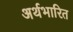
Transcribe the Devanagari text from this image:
अर्थभारित